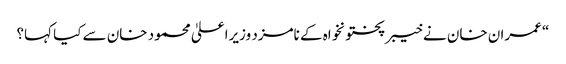
“ عمران خان نے خیبرپختونخواہ کے نامزد وزیراعلیٰ محمود خان سے کیا کہا؟